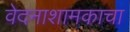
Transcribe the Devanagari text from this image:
वेदनाशामकाचा